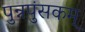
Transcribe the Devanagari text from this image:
पुन्नपुंसकम्‌